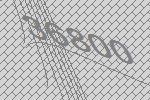
36800